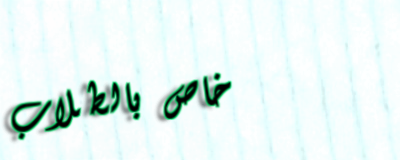
خاص بالطلاب